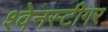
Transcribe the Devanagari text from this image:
श्वेनस्टीगर